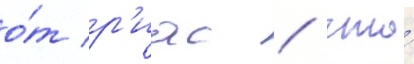
о́т р'иас / что́